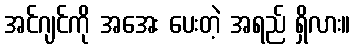
အင်ဂျင်ကို အအေး ပေးတဲ့ အရည် ရှိလား။